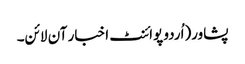
پشاور(اُردو پوائنٹ اخبار آن لائن۔